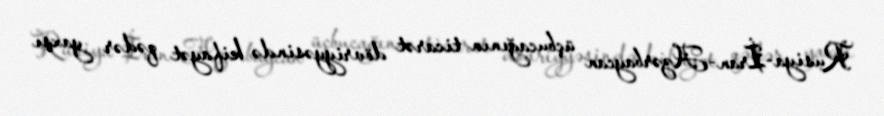
Rusiya-İran-Azərbaycan üçbucağının ticarət dövriyyəsində kifayət qədər yaxşı